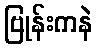
ဗြုန်းကနဲ